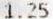
1.25